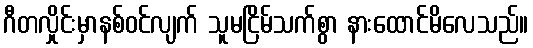
ဂီတလှိုင်းမှာနစ်ဝင်လျက် သူမငြိမ်သက်စွာ နားထောင်မိလေသည်။